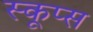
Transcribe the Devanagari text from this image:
स्कूप्स